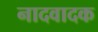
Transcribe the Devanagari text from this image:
नादवादक